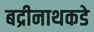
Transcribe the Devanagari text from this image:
बद्रीनाथकडे